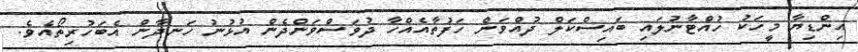
އިންޑިޔާ މީހަކު ހުއްޓާނުލައި ބައިސްކަލް ދުއްވަން ހަފުތާއެއްހާ ދުވަސްވަންދެން އުޅުނު ހަނދާން އެބަހުރިތޯއެވެ.